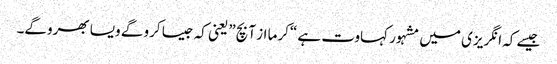
جیسے کہ انگریزی میں مشہور کہاوت ہے “کرما از آ بچ” یعنی کہ جیسا کرو گے ویسا بھروگے۔